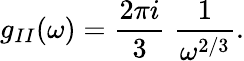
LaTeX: g_{II}(\omega)={\frac{2\pi i}{3}}\; {\frac{1}{\omega^{2/3}}}.